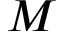
\boldsymbol { M }